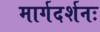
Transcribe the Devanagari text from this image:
मार्गदर्शनः